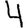
Digit: 4